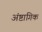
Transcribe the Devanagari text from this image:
अंष्टागिक